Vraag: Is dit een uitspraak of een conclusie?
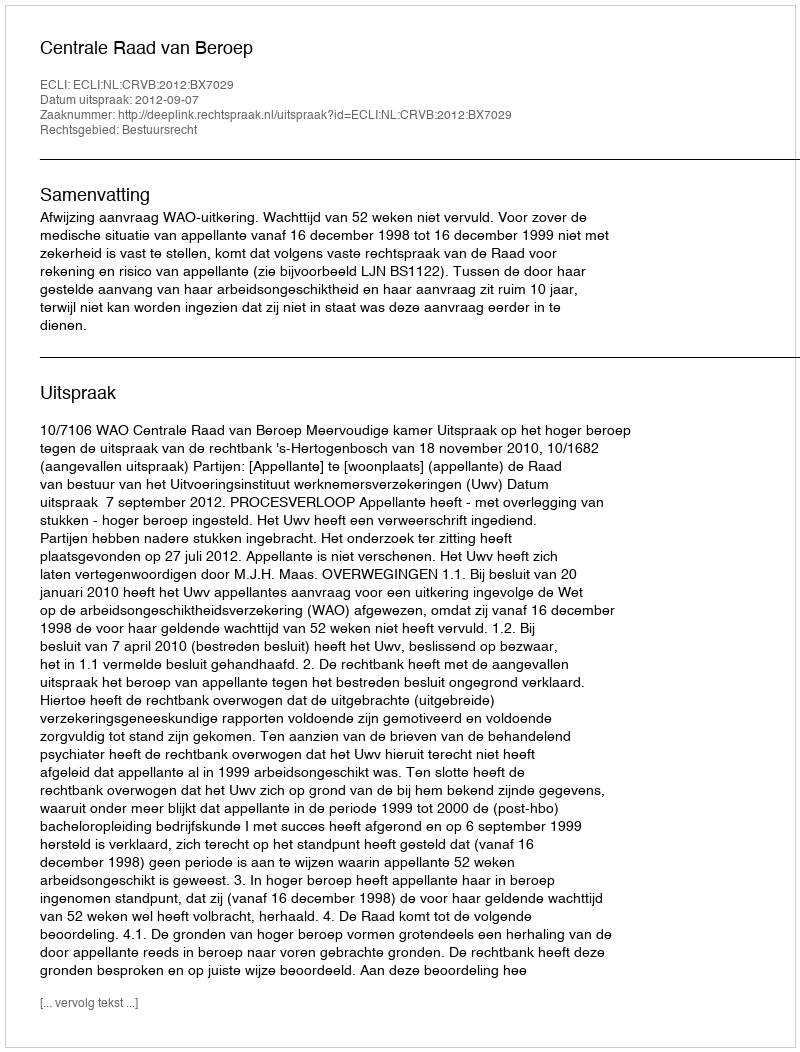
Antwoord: Uitspraak